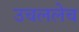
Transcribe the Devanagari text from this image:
उचललेच